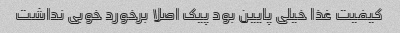
کیفیت غذا خیلی پایین بود پیک اصلا برخورد خوبی نداشت